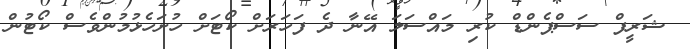
ޝަރީފް ސަސްޕެންޑް ކުރި މައްސަލަ އޭނާ ދެ ފަހަރަށް ކޯޓަށް ހުށަހެޅުމުންވެސް ކޯޓުން